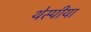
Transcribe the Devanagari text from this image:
थेस्पीया